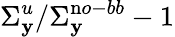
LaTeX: \Sigma_{\mathbf{y}}^{u}/\Sigma_{\mathbf{y}}^{\mathrm{n}o-bb}-1